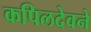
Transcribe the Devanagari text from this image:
कपिलदेवने